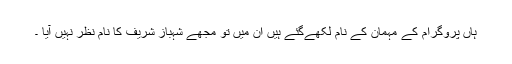
ہاں پروگرام کے مہمان کے نام لکھےگئے ہیں ان میں تو مجھے شہباز شریف کا نام نظر نہیں آیا ۔